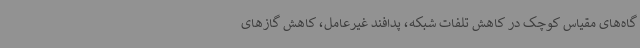
گاه‌های مقیاس کوچک در کاهش تلفات شبکه، پدافند غیرعامل، کاهش گازهای